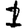
Digit: 1